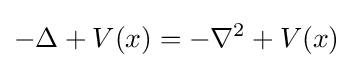
-\Delta +V(x)=-\nabla ^{2}+V(x)